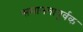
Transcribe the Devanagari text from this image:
समानतापूर्वक